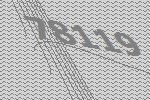
78119